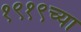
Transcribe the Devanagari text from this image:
१९१९च्या